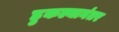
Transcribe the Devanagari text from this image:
हुकल्यानंतर